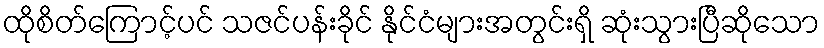
ထိုစိတ်ကြောင့်ပင် သဇင်ပန်းခိုင် နိုင်ငံများအတွင်းရှိ ဆုံးသွားပြီဆိုသော